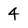
Character: 4